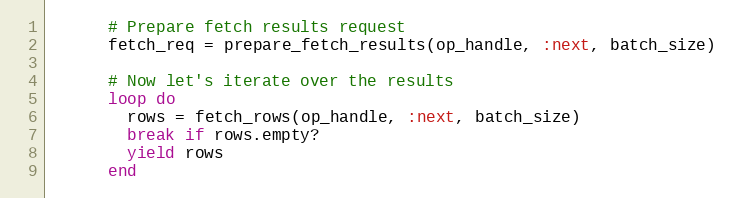
Language: Ruby
      # Prepare fetch results request
      fetch_req = prepare_fetch_results(op_handle, :next, batch_size)

      # Now let's iterate over the results
      loop do
        rows = fetch_rows(op_handle, :next, batch_size)
        break if rows.empty?
        yield rows
      end